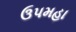
ઉપમહા